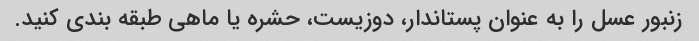
زنبور عسل را به عنوان پستاندار، دوزیست، حشره یا ماهی طبقه بندی کنید.